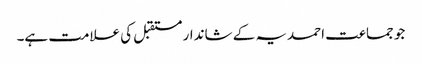
جو جماعت احمدیہ کے شاندار مستقبل کی علامت ہے۔